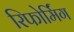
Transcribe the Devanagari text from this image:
रिफोर्मिंग